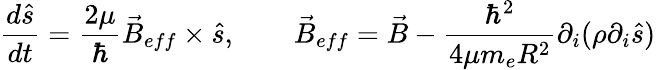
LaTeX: \frac{d\hat{s}}{dt}=\frac{2\mu}{\hbar}\vec{B}_{eff}\times\hat{s},\qquad\vec{B}_{eff}=\vec{B}-\frac{\hbar^{2}}{4\mu m_{e}R^{2}}\partial_{i}(\rho\partial_{i}\hat{s})